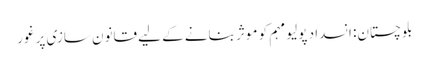
بلوچستان: انسداد پولیو مہم کو موثر بنانے کے لیے قانون سازی پر غور